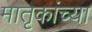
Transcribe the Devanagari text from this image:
मातृकांच्या